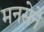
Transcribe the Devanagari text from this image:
मनसेने